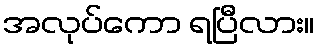
အလုပ်ကော ရပြီလား။